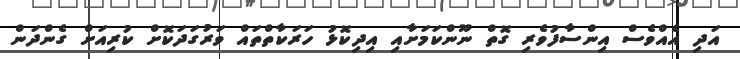
އަދި އެއްވެސް އިންސާފުވެރި ގޮތް ނޫންކަމަށާއި އިދިކޮޅު ހަރަކާތްތައް ވަރުގަދަކޮށް ކުރިއަށް ގެންދަން